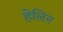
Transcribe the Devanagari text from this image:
हेलिन